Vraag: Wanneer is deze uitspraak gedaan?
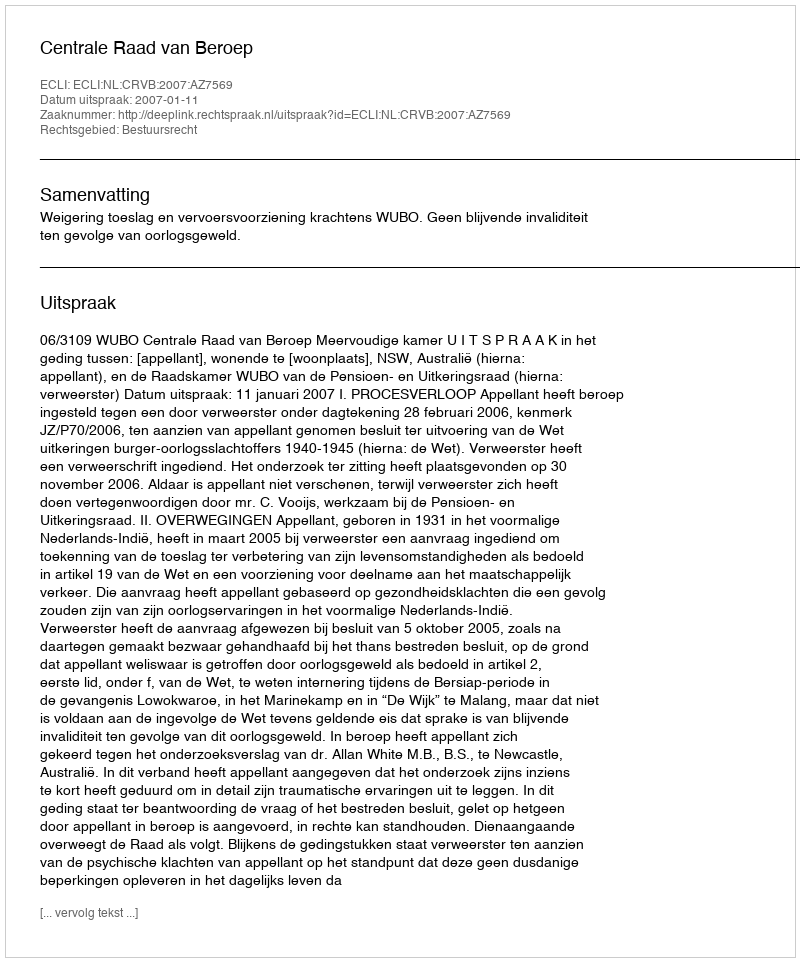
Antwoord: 2007-01-11